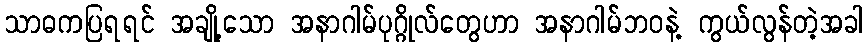
သာဓကပြရရင် အချို့သော အနာဂါမ်ပုဂ္ဂိုလ်တွေဟာ အနာဂါမ်ဘဝနဲ့ ကွယ်လွန်တဲ့အခါ